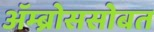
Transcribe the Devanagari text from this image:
ॲम्ब्रोससोबत